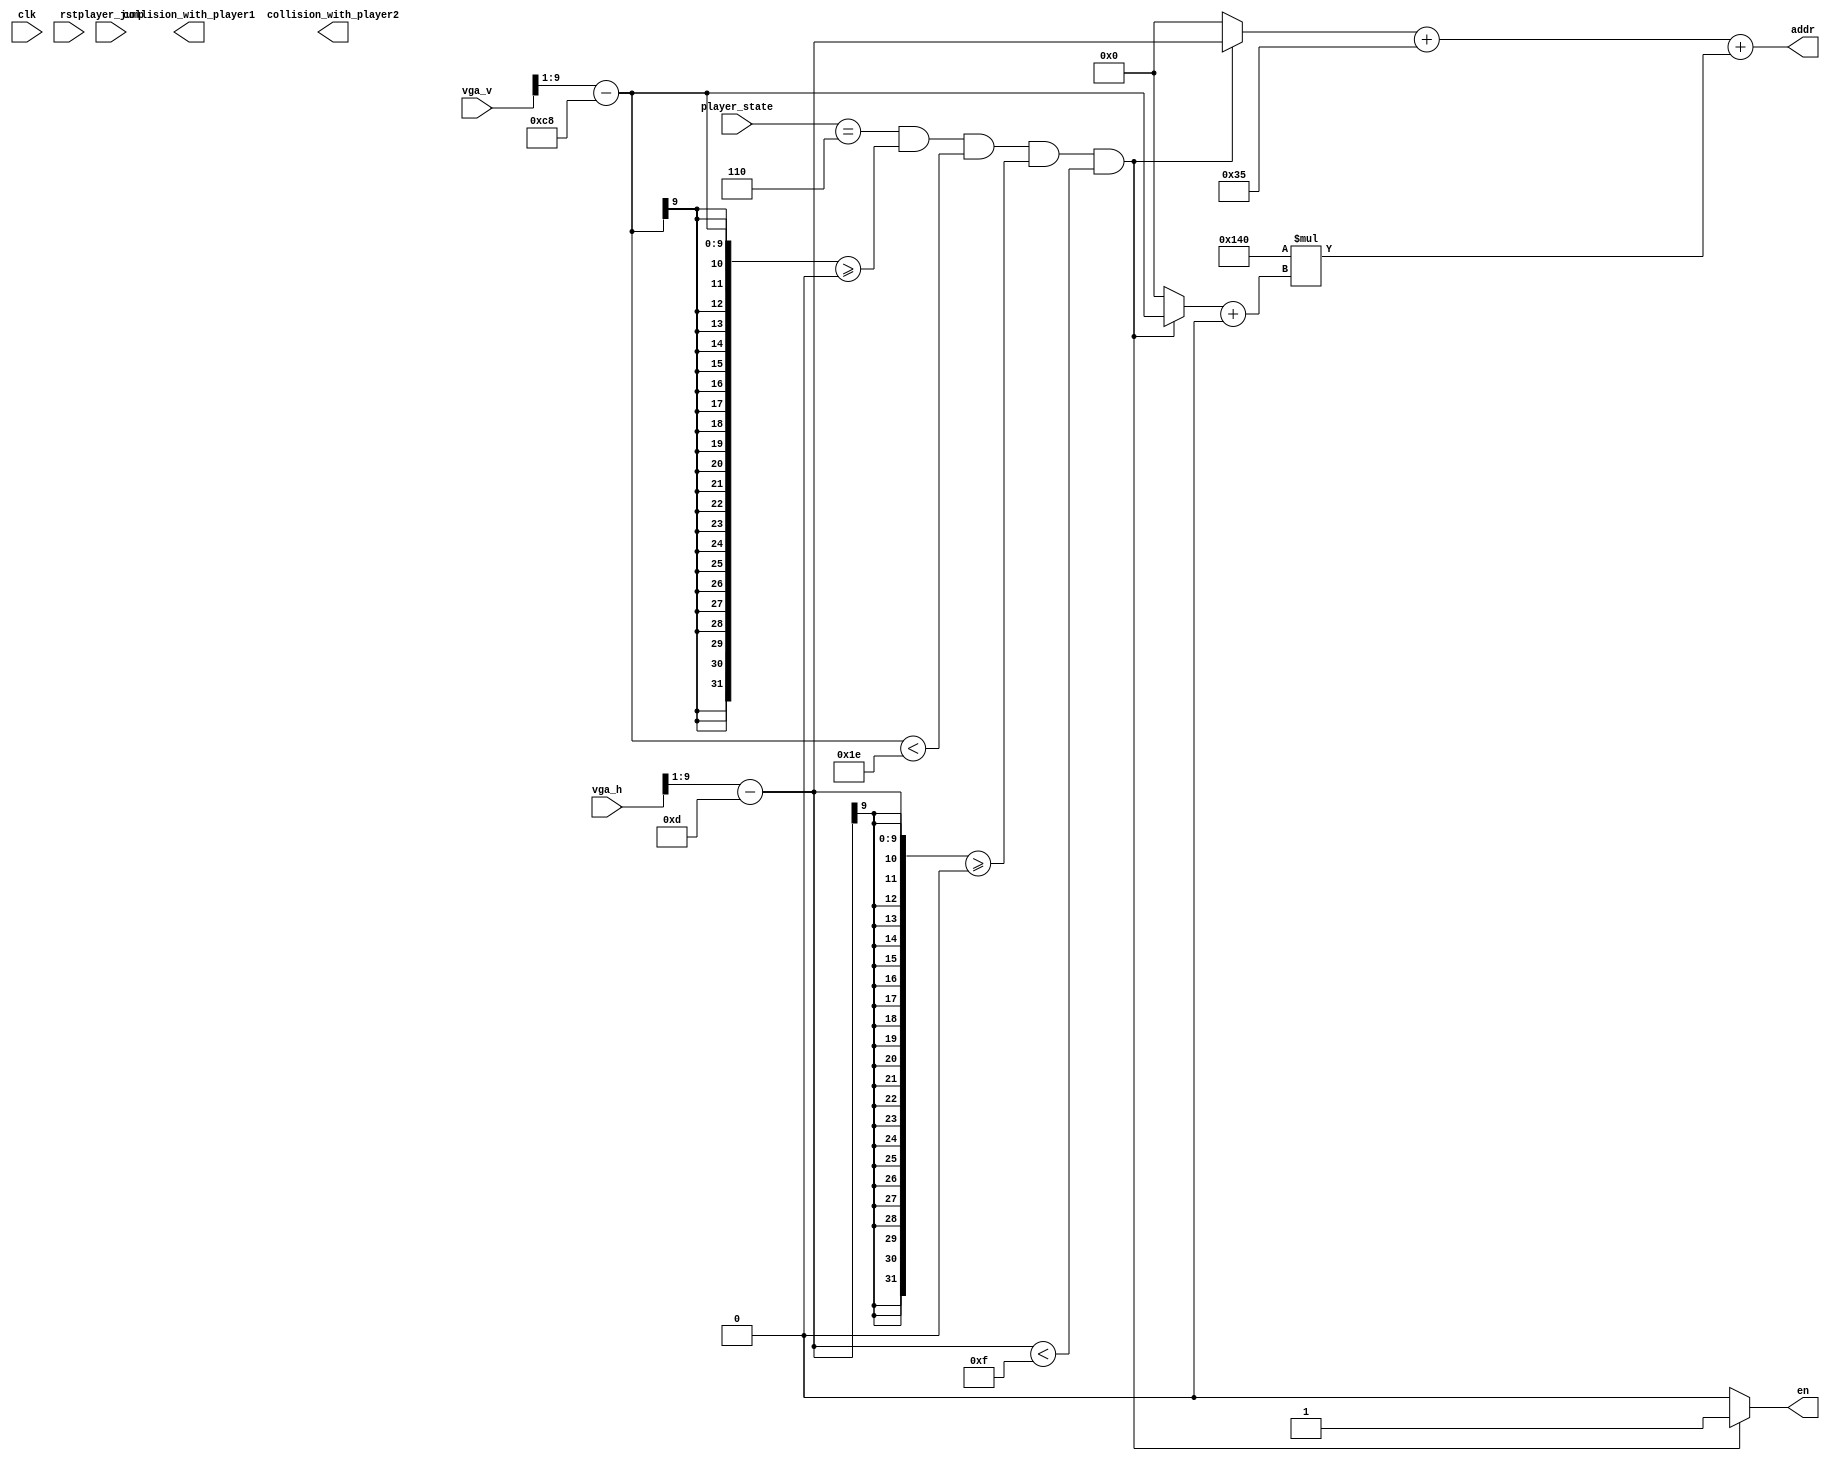
module player(
    output reg collision_with_player1,
    output reg collision_with_player2, 
    output wire [16:0] addr, 
    output reg en,
    //input wire [39:0] player1_props, 
    //input wire [39:0] player2_props, 
    input wire [9:0] vga_h,
    input wire [9:0] vga_v,
    input wire [3:0] player_state,
    input wire [1:0] player_jump,
    input clk,
    input rst
);

    parameter stactic = 4'd6, right = 4'd7, left = 4'd8, up = 4'd9;
    wire [9:0] pivot_h_stactic, pivot_h_left, pivot_h_right, pivot_h_up;
    wire [9:0] pivot_v_stactic, pivot_v_left, pivot_v_right, pivot_v_up;
    wire [9:0] mem_pivot_h_stactic, mem_pivot_h_left, mem_pivot_h_right, mem_pivot_h_up;
    wire [9:0] mem_pivot_v_stactic, mem_pivot_v_left, mem_pivot_v_right, mem_pivot_v_up;
    wire [9:0] width_stactic, width_left, width_right, width_up;
    wire [9:0] height_stactic, height_left, height_right, height_up;

    assign pivot_h_stactic = 10'd13;
    assign pivot_v_stactic = 10'd200;
    assign mem_pivot_h_stactic = 10'd53;
    assign mem_pivot_v_stactic = 10'd0;
    assign width_stactic = 10'd15;
    assign height_stactic = 10'd30;

    assign pivot_h_left = 10'd8;
    assign pivot_v_left = 10'd200;
    assign mem_pivot_h_left = 10'd86;
    assign mem_pivot_v_left = 10'd0;
    assign width_left = 10'd14;
    assign height_left = 10'd30;

    assign pivot_h_right = 10'd8;
    assign pivot_v_right = 10'd200;
    assign mem_pivot_h_right = 10'd71;
    assign mem_pivot_v_right = 10'd0;
    assign width_right = 10'd14;
    assign height_right = 10'd30;

    assign pivot_h_up = 10'd10;
    assign pivot_v_up = 10'd199;
    assign mem_pivot_h_up = 10'd53;
    assign mem_pivot_v_up = 10'd30;
    assign width_up = 10'd15;
    assign height_up = 10'd28;
    /*wire [9:0] player1_pivot_h = player1_props[39:30];
    wire [9:0] player1_pivot_v = player1_props[29:20];
    wire [9:0] player1_width = player1_props[19:10];
    wire [9:0] player1_height = player1_props[9:0];
    wire [9:0] player2_pivot_h = player2_props[39:30];
    wire [9:0] player2_pivot_v = player2_props[29:20];
    wire [9:0] player2_width = player2_props[19:10];
    wire [9:0] player2_height = player2_props[9:0];*/

    wire [9:0] h, v;
    assign h = vga_h >> 1;
    assign v = vga_v >> 1;

    reg [9:0] disp_h, disp_v;

    always @* begin
            if(player_state == stactic && v-pivot_v_stactic>=0 && v-pivot_v_stactic<height_stactic && h-pivot_h_stactic>=0 && h-pivot_h_stactic<width_stactic) begin
                en = 1;
                disp_h = h-pivot_h_stactic;
                disp_v = v-pivot_v_stactic;
            end
            else begin
                en = 0;
                disp_h = 0;
                disp_v = 0;
            end
    end

    assign addr = disp_h + mem_pivot_h_stactic + 320*(disp_v + mem_pivot_v_stactic);

endmodule